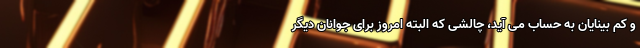
و کم بینایان به حساب می آید، چالشی که البته امروز برای جوانان دیگر